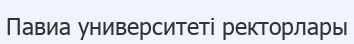
Павиа университеті ректорлары